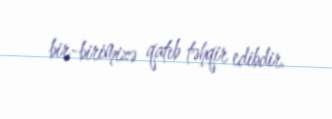
bir-birimizə qatıb təhqir edibdir.